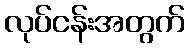
လုပ်ငန်းအတွက်